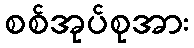
စစ်အုပ်စုအား